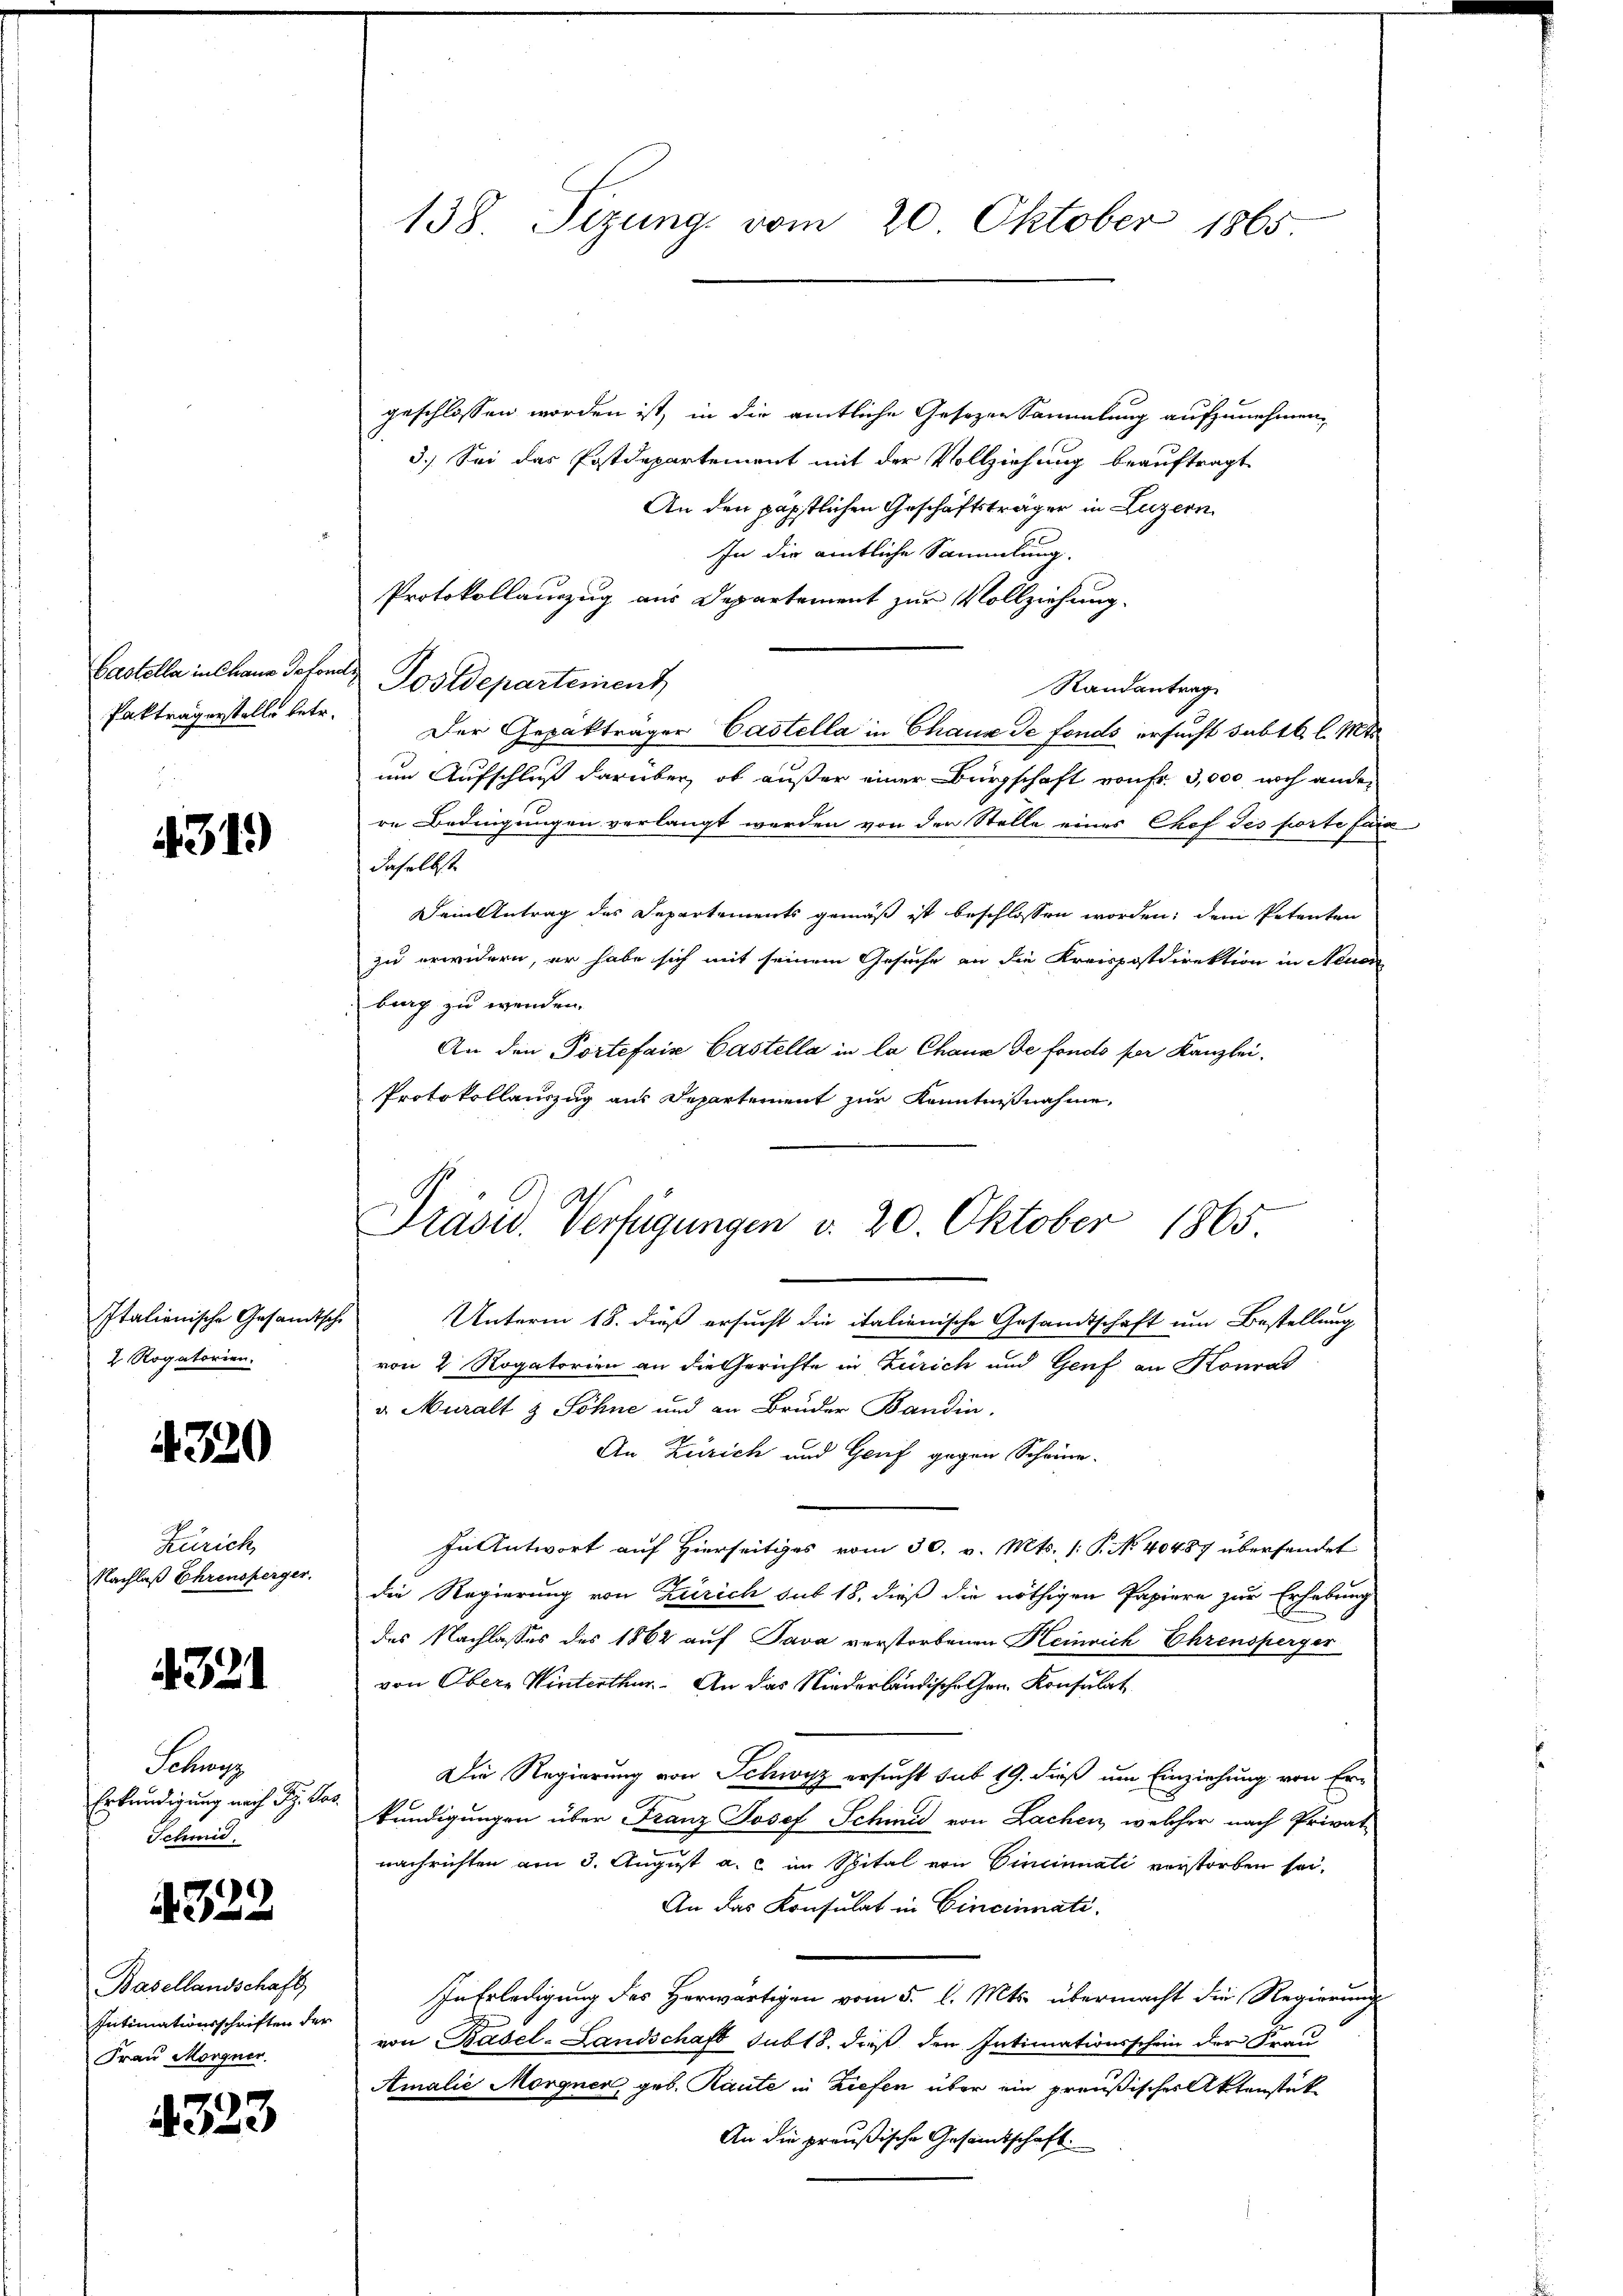
Pakträgerstelle betr.

4319

Italienische Gesandtsche
 Rogatorien.

4320

Zürich,
Nachlaß Ehrensperger.

4321

Schre
Erkundigung nach Fr. Kar
Schmid.

4322

Basellandschaft,
Intimationsschriften der
Frau Morgner.

4323

138 Sizung vom 20. Oktober 1865

geschlossen worden ist, in die amtliche Gesezen Sammlung aufzunehmen,
3.) Sei das Postdepartement mit der Vollziehung beauftragt
An den päpstlichen Geschäftsträger in Luzern
In die amtliche Sammlung.
Protokollauzug aus Departement zur Vollziehung.
Castella in Chane defert Postdepartement
Randantrag
Der Gepakträger Castella in Chaux de fonds ersucht sub 16 l. Mt
um Aufschluß darüber, ob außer einer Bürgschaft von Fr. 3,000 noch ander
re Bedingungen verlangt werden von der Stelle eines Chef des porte fara
daselbst
Dein Antrag des Departements gemäß ist beschlossen worden; dem Petenten
zu erwidern, er habe sich mit seinem Gesuche an die Kreispostdirektion in Neuen
burg zu wenden.
An den Portefaix Castella in la Chaux de fondo for Kanzlei.
Protokollauszug aus Departement zur Kenntnißnahme,

Präsid. Verfügungen d. 20. Oktober 1865
Unterm 18. dieß ersucht die italienische Gesandtschaft um Bestellung

von 2 Rogatorien an die Gerichte in Zürich und Genf an Konrad
v. Muralt & Söhne und an Bruder Bandin,
An Zürich und Genf gegen Scheine
In Antwort auf Hierseitiges vom 30. v. Mts. (: P. No 40487 übersendet
die Regierung von Zürich sub 18, dieß die nöthigen Papiere zur Erhebung
des Nachlasses des 1862 auf Java verstorbenen Heinrich Ehrensperger
von Obere Winterthur. An das Niederländische Hrn. Konsulat
Die Regierung von Schwyz ersucht sub 19. dieß um Einziehung von Erkündigungen über Franz Josef Schmid von Lachen, welcher nach Privat-
nachrichten am 3. August a. c. im Spital von Vincinati verstorben sei.
An das Konsulat in Cincinati¬
In Erledigung des Herwärtigen vom 5. l. Mts. übermacht die Regierung
von Basel-Landschaft sub 18. dieß den Intimationsschein der Frau
Amalie Morgner geb. Raute in Ziefen über ein preußischer Aktenstück
An die preußische Gesandtschaft.